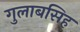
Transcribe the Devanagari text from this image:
गुलाबसिह